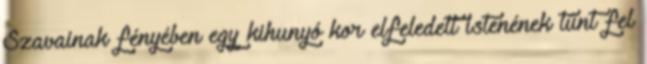
Szavainak fényében egy kihunyó kor elfeledett istenének tűnt fel